Annual administration report of the Civil Veterinary Department of India - 1896-1897
Year: 1896
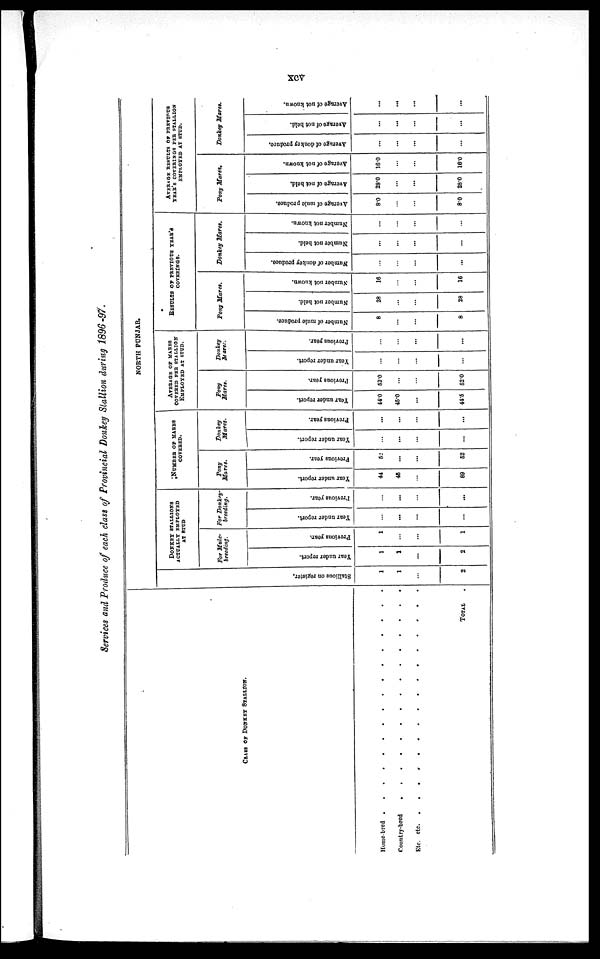
xcv
Services and Produce of each class of Provincial Donkey Stallion during 1896-97.
CLASS OF DONKEY STALLION.
Home-bred . . . . . . . . . . . . . . . .
Country-bred . . . . . . . . . . . . . . .
Etc. etc. . . . . . . . . . . . . . . . .
TOTAL .
NORTH PUNJAB.
Stallious on register.
1
1
...
2
DONKEY STALLIONS
ACTUALLY EMPLOYED
AS STUD
For Mule-
breeding.
Year under report.
1
1
...
2
Previons year.
1
...
...
1
For Donkey-
breeding.
Year under report.
...
...
...
...
Previous year.
...
...
...
...
NUMBER OF MARES
COVERED.
Pony
Mares.
Year under report.
44
45
...
89
Previous year.
52
...
...
52
Donkey
Mares.
Year under report.
...
...
...
...
Previous year.
...
...
...
...
AVERAGE OF MARES
COVERED PER STALLION EMPLOYED AT STUD.
Pony
Mares.
Year under report.
44.0
45.0
...
44.5
Previous yean
52.0
...
...
52.0
Donkey
Mares.
Year under report.
...
...
...
...
Previous year.
...
...
...
...
RESULTS OF PREVIOUS YEAR'S COVERINGS.
Pony Mares.
Number of mule produce.
8
...
...
8
Number not held.
28
...
...
28
Number not known.
16
...
...
16
Donkey Mares.
Number of donkey produce.
...
...
...
...
Number not held.
...
...
...
...
Number not known.
...
...
...
...
AVERAGE RESULTS OF PREVIOUS
YEAR'S COVERINGS PER STALLION
EMPLOYED AT STUD.
Pony Mares.
Average of mule produce.
8.0
...
...
8.0
Average
of not held.
28.0
...
...
28.0
Average
of not known.
16.0
...
...
16.0
Donkey Mares.
Average
of donkey produce.
...
...
...
...
Average
of not held.
...
...
...
...
Average
of not known.
...
...
...
...